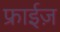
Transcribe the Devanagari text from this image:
फ्राईज़